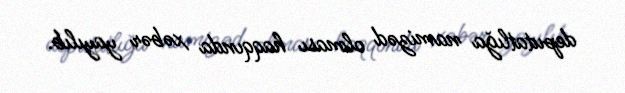
deputatlığa namizəd olması haqqında xəbər yayılıb.